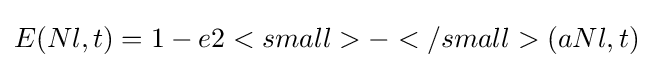
E(Nl,t)=1-e2<small>-</small>(aNl,t)